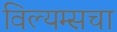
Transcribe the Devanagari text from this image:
विल्यम्सचा